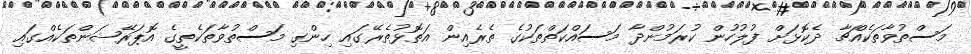
މަސްތުވާތަކެއްޗާ ދެކޮޅަށް ފުލުހުން ކުރަމުންދާ މަސައްކަތްތަކުގެ ތެރެއިން އަތޮޅުތެރޭގައި ހިންގި މަސްތުވާތަކެތީގެ އޮޕަރޭޝަންތަކެއްގައި